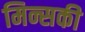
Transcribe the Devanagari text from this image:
मिन्सकी